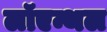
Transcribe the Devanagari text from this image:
लॉएन्थल